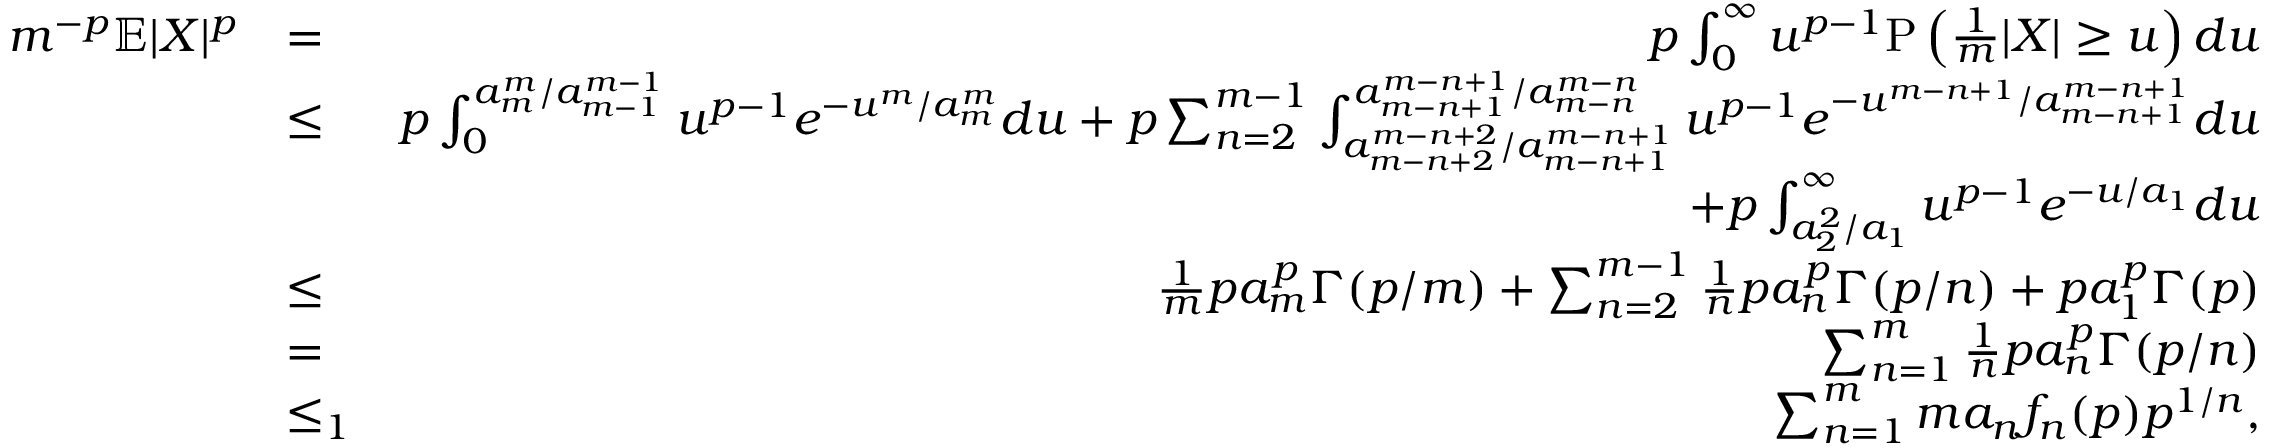
\begin{array} { r l r } { m ^ { - p } \mathbb { E } | X | ^ { p } } & { = } & { p \int _ { 0 } ^ { \infty } u ^ { p - 1 } \mathrm { P } \left( \frac { 1 } { m } | X | \geq u \right) d u } \\ & { \leq } & { p \int _ { 0 } ^ { a _ { m } ^ { m } / a _ { m - 1 } ^ { m - 1 } } u ^ { p - 1 } e ^ { - u ^ { m } / a _ { m } ^ { m } } d u + p \sum _ { n = 2 } ^ { m - 1 } \int _ { a _ { m - n + 2 } ^ { m - n + 2 } / a _ { m - n + 1 } ^ { m - n + 1 } } ^ { a _ { m - n + 1 } ^ { m - n + 1 } / a _ { m - n } ^ { m - n } } u ^ { p - 1 } e ^ { - u ^ { m - n + 1 } / a _ { m - n + 1 } ^ { m - n + 1 } } d u } \\ & { } & { + p \int _ { a _ { 2 } ^ { 2 } / a _ { 1 } } ^ { \infty } u ^ { p - 1 } e ^ { - u / a _ { 1 } } d u } \\ & { \leq } & { \frac { 1 } { m } p a _ { m } ^ { p } \Gamma ( p / m ) + \sum _ { n = 2 } ^ { m - 1 } \frac { 1 } { n } p a _ { n } ^ { p } \Gamma ( p / n ) + p a _ { 1 } ^ { p } \Gamma ( p ) } \\ & { = } & { \sum _ { n = 1 } ^ { m } \frac { 1 } { n } p a _ { n } ^ { p } \Gamma ( p / n ) } \\ & { \leq _ { 1 } } & { \sum _ { n = 1 } ^ { m } m a _ { n } f _ { n } ( p ) p ^ { 1 / n } , } \end{array}